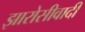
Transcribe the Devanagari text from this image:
झारोसीवादी